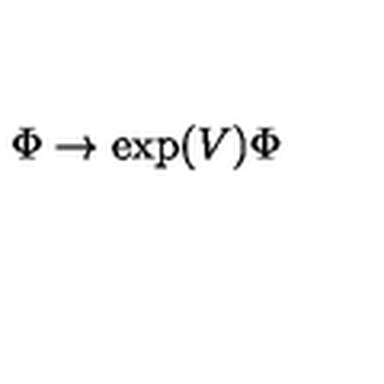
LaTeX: \Phi \rightarrow \exp ( V ) \Phi